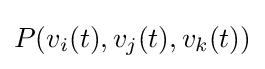
P(v_{i}(t),v_{j}(t),v_{k}(t))